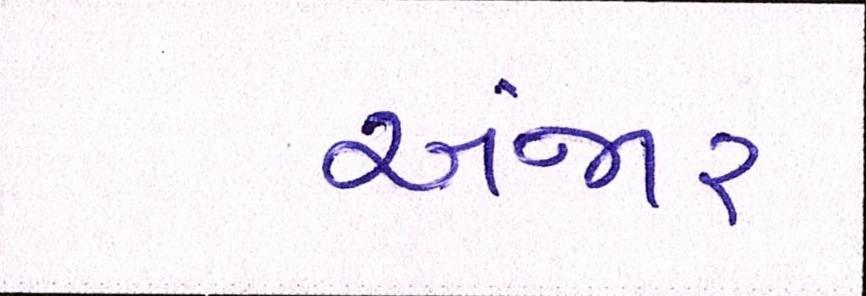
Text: અંજાર